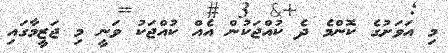
މި އަވަށުގެ ކޮންމެ ދެ ކުއްޖަކުން އެއް ކުއްޖަކު ވަނީ މި ޖަޒީމާގައި